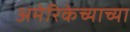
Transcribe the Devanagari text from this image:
अमेरिकेच्याच्या